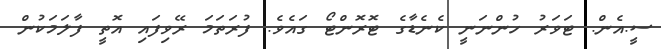
ސީ.އެން. ޓަވަރު ހުންނަނީ ކެނެޑާގެ ޓޮރޮންޓޯ ގައެވެ. ފުރަތަމަ ރޭވިފައި އޮތީ ފާލަމަކުން